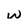
Character: w